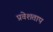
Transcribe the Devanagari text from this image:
प्रवेशताप